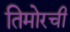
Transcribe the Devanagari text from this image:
तिमोरची